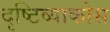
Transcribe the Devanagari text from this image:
दृष्टिव्याकोस